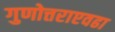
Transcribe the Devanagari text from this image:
गुणोत्तराएवढा